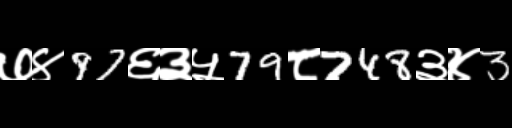
Text: ७४97६३५79८748३४3